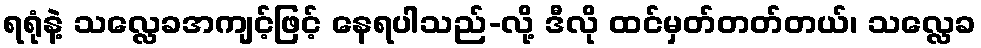
ရရုံနဲ့ သလ္လေခအကျင့်ဖြင့် နေရပါသည်-လို့ ဒီလို ထင်မှတ်တတ်တယ်၊ သလ္လေခ